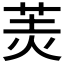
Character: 𦍚